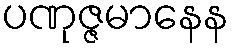
ပဏုဇ္ဇမာနေန